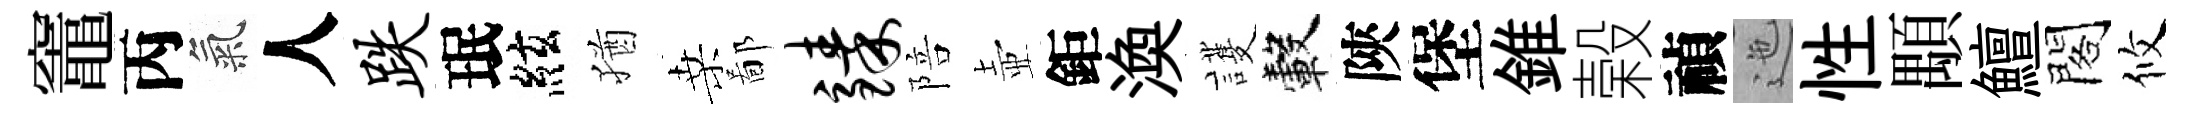
竈丙氣人跌珉絃猶桑鄙臻陪壺鉅渙護轂陝堡錐榖禎迤性顒鱣閣攸